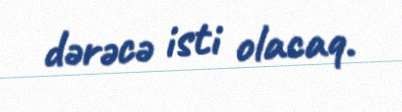
dərəcə isti olacaq.